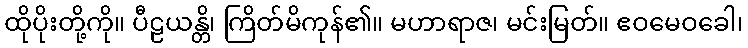
ထိုပိုးတို့ကို။ ပီဠယန္တိ၊ ကြိတ်မိကုန်၏။ မဟာရာဇ၊ မင်းမြတ်။ ဧဝမေဝခေါ၊